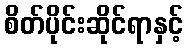
စိတ်ပိုင်းဆိုင်ရာနှင့်